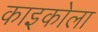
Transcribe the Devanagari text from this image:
काइकोला